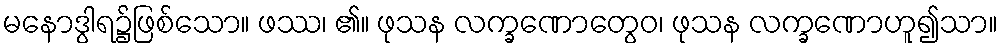
မနောဒွါရ၌ဖြစ်သော။ ဖဿ၊ ၏။ ဖုသန လက္ခဏောတွေဝ၊ ဖုသန လက္ခဏောဟူ၍သာ။